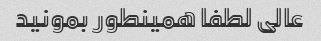
عالی لطفا همینطور بمونید